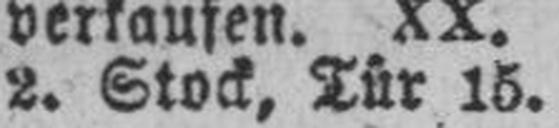
2. Stock, Tür 15.